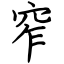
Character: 窄